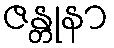
ဇန္တုနာ